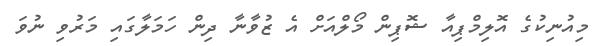
މިއުނިކުގެ އޮލިމްޕިއާ ޝޮޕިން މޯލްއަށް އެ ޒުވާނާ ދިން ހަމަލާގައި މަރުވި ނުވަ